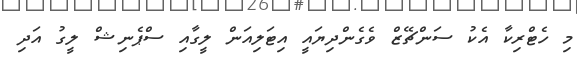
މި ހެޓްރިކާ އެކު ސަންޗޭޒް ވެގެންދިޔައީ އިޓަލިއަން ލީގާއި ސްޕެނިޝް ލީގު އަދި